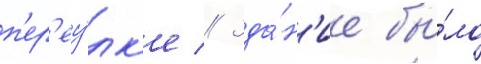
п'ер'еу́лк'е // Зда́н'ие бы́ло